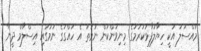
މައްސަލަ އަކީ ހިޔާލުފާޅުކުރުމުގެ މިނިވަންކަން ނުވަތަ އެ ހައްގުގެ ނަމުގައި އިސްލާމް ދީނާ